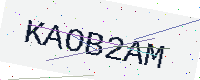
Text: KAOB2AM